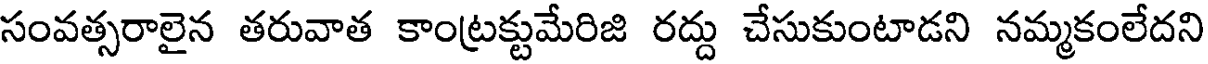
సంవత్సరాలైన తరువాత కాంట్రక్టుమేరిజి రద్దు చేసుకుంటాడని నమ్మకంలేదని